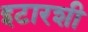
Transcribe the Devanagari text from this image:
इटारशी